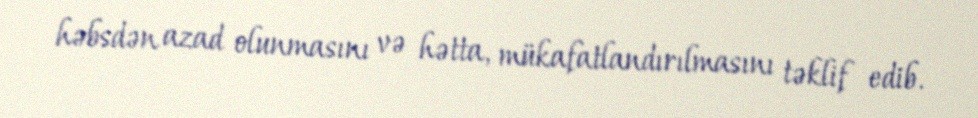
həbsdən azad olunmasını və hətta, mükafatlandırılmasını təklif edib.